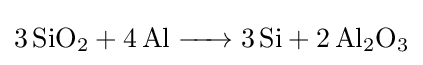
{\ce {3SiO2 + 4Al -> 3Si + 2Al2O3}}